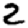
Digit: 2